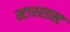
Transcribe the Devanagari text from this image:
स्टाररडस्ट